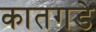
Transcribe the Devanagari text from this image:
कातगडे